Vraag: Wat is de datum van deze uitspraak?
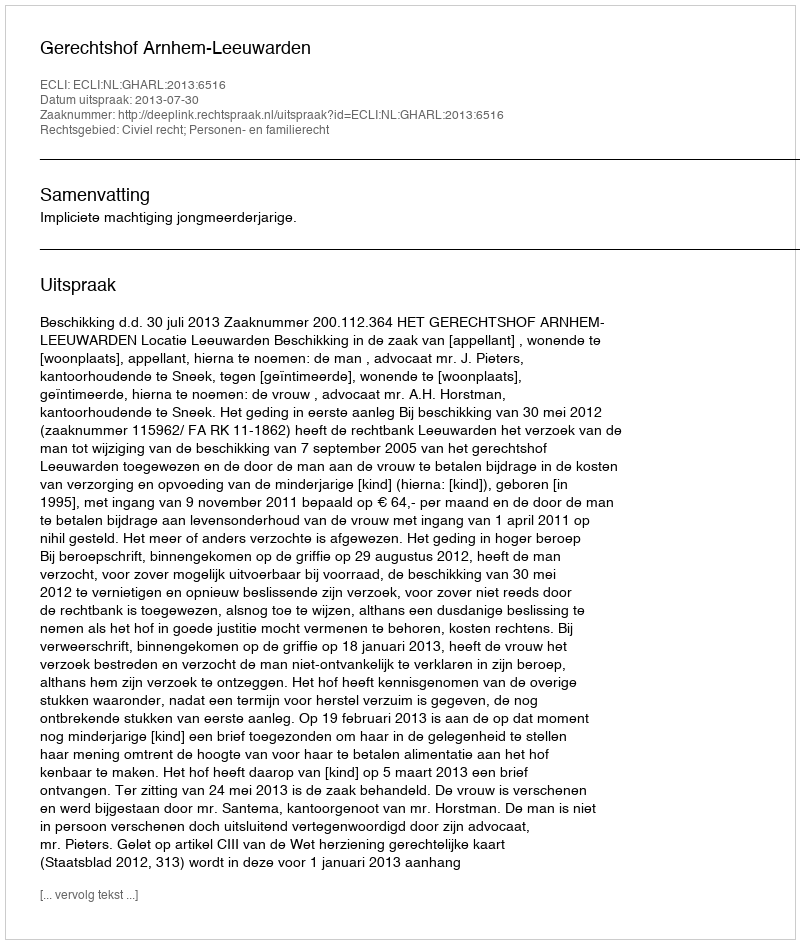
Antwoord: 2013-07-30